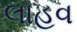
લાહવ